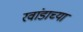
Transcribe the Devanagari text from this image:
रवांडाच्‍या